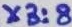
Text: X3:8